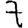
Digit: 7